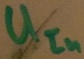
Text: UIn